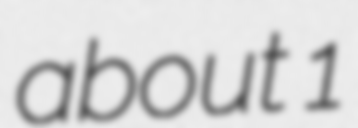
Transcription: about 1